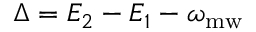
\Delta = E _ { 2 } - E _ { 1 } - \omega _ { \mathrm { m w } }